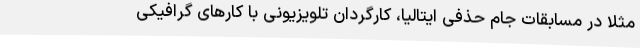
مثلا در مسابقات جام حذفی ایتالیا، کارگردان تلویزیونی با کارهای گرافیکی